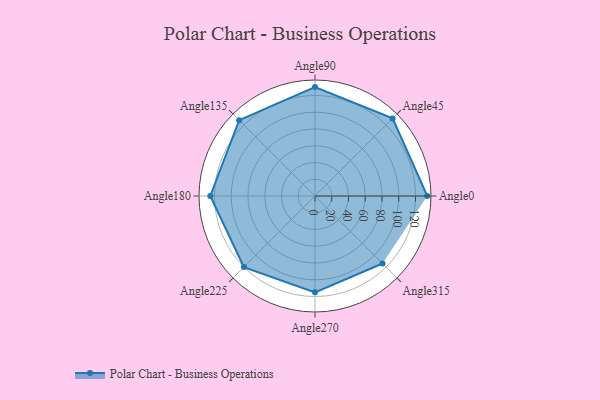
{"axis": {"x": "Angle", "y": "Radius"}, "legend": [""], "data": [{"x": "Angle0", "y": 134.0, "type": ""}, {"x": "Angle45", "y": 131.0, "type": ""}, {"x": "Angle90", "y": 130.0, "type": ""}, {"x": "Angle135", "y": 128.0, "type": ""}, {"x": "Angle180", "y": 125.0, "type": ""}, {"x": "Angle225", "y": 120.0, "type": ""}, {"x": "Angle270", "y": 115.0, "type": ""}, {"x": "Angle315", "y": 114.0, "type": ""}]}